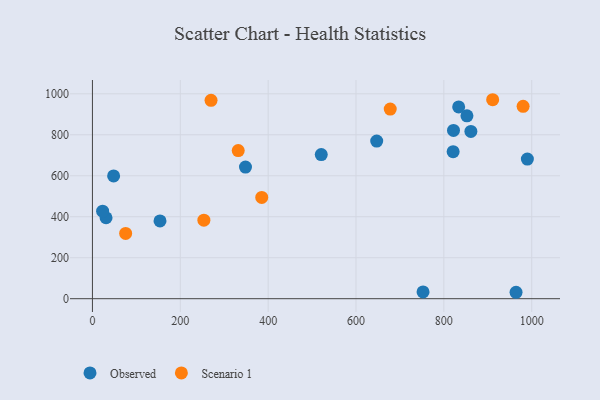
{"axis": {"x": "Investment", "y": "Sales"}, "legend": ["Observed", "Scenario 1"], "data": [{"x": "31.0", "y": 395.1, "type": "Observed"}, {"x": "852.5", "y": 892.6, "type": "Observed"}, {"x": "647.1", "y": 769.3, "type": "Observed"}, {"x": "153.8", "y": 379.5, "type": "Observed"}, {"x": "520.9", "y": 703.3, "type": "Observed"}, {"x": "348.4", "y": 642.4, "type": "Observed"}, {"x": "23.2", "y": 426.9, "type": "Observed"}, {"x": "833.7", "y": 935.8, "type": "Observed"}, {"x": "861.5", "y": 816.4, "type": "Observed"}, {"x": "752.6", "y": 33.2, "type": "Observed"}, {"x": "964.3", "y": 31.3, "type": "Observed"}, {"x": "821.1", "y": 717.3, "type": "Observed"}, {"x": "48.2", "y": 599.0, "type": "Observed"}, {"x": "821.9", "y": 821.5, "type": "Observed"}, {"x": "990.1", "y": 681.2, "type": "Observed"}, {"x": "253.7", "y": 383.4, "type": "Scenario 1"}, {"x": "270.0", "y": 968.3, "type": "Scenario 1"}, {"x": "980.4", "y": 938.8, "type": "Scenario 1"}, {"x": "75.6", "y": 318.4, "type": "Scenario 1"}, {"x": "677.9", "y": 925.3, "type": "Scenario 1"}, {"x": "911.1", "y": 971.1, "type": "Scenario 1"}, {"x": "385.4", "y": 494.4, "type": "Scenario 1"}, {"x": "331.9", "y": 723.1, "type": "Scenario 1"}]}